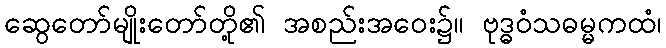
ဆွေတော်မျိုးတော်တို့၏ အစည်းအဝေး၌။ ဗုဒ္ဓဝံသဓမ္မကထံ၊